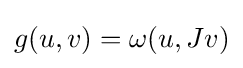
g(u,v)=\omega (u,Jv)